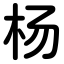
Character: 杨